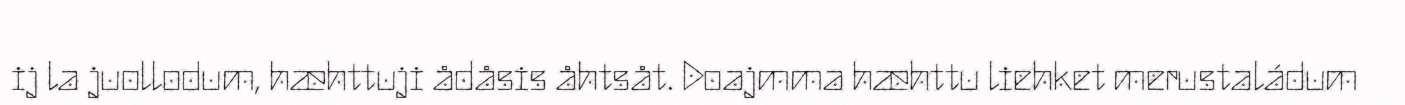
ij la juollodum, hæhttuji ådåsis åhtsåt. Doajmma hæhttu liehket merustaládum